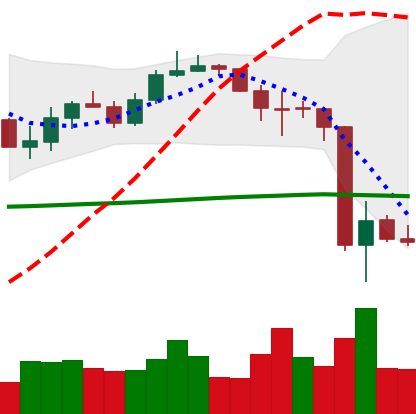
Ticker: LINK-USD
Chart end date: 2020-03-15
Forward return: 6.575%
Label: up_5_7